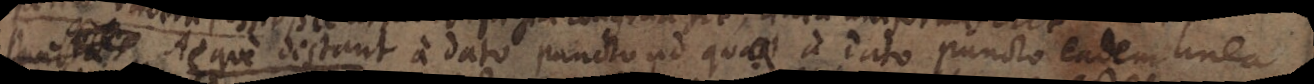
_ Aeque destant a dato puncto ad quae a dato puncto eadem linea